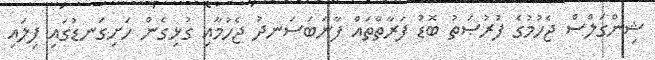
ޝިންގަލްސް ޖެހުމުގެ ފުރުޞަތު ބޮޑު ފަރާތްތައް ފާނަބަސަނދު ޖެހުމާއި ގުޅިގެން ހަށިގަނޑުގައި ފިލައި